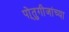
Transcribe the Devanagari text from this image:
पो्तुगीजांच्या